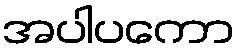
အပါပကော